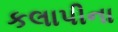
કલાપીના